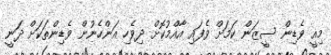
މިއީ ވެޑިން ސީޒަން ކަމަށް ވެފައި އާއްމުކޮށް ދިވެހި އަންހެނުން ވެޑިންތަކަށް ދަނީ